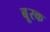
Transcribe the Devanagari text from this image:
बू्रक